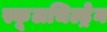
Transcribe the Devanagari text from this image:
स्कूलचिल्ड्रेन